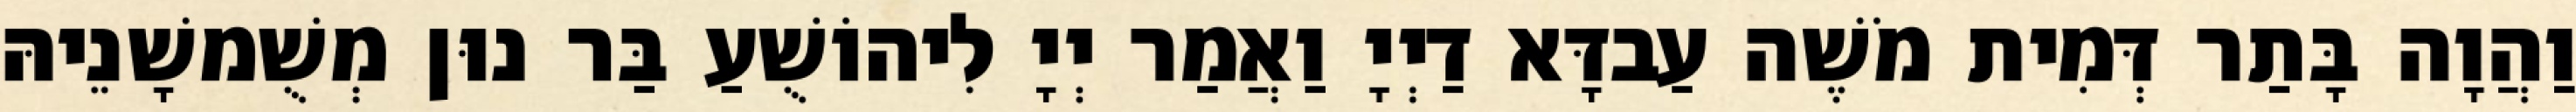
וַהֲוָה בָּתַר דְּמִית מֹשֶׁה עַבדָּא דַיְיָ וַאֲמַר יְיָ לִיהוֹשֻׁעַ בַּר נוּן מְשֻׁמשָׁנֵיהּ